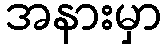
အနားမှာ